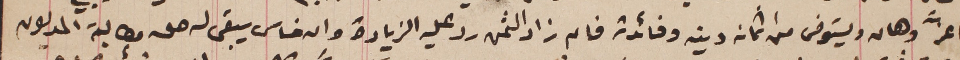
بما عزَّ وهان ويستوفى من اثمان دينه وفائدة فان زاد الثمن رد عليه الزيادة وان خاس يبقى له حق مطالبة المديون